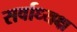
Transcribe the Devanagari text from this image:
सर्वाध्यक्ष